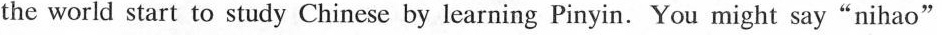
the world start to study Chinese by learning Pinyin. You might say"nihao"